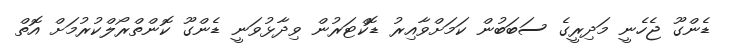
ޑެންގޫ ޖެހެނީ މަދިރީގެ ސަބަބުން ކަމަށްވާއިރު ޑޮކްޓަރުން ވިދާޅުވަނީ ޑެންގޫ ކޮންތްރޯލްކުރުމަށް އޮތް